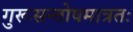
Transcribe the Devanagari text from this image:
गुरूसन्तोषमात्रतः